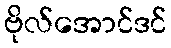
ဗိုလ်အောင်ဒင်